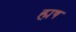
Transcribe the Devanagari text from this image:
ह्मष